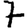
Digit: 7